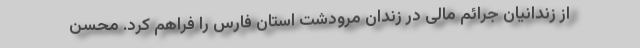
از زندانیان جرائم مالی در زندان مرودشت استان فارس را فراهم کرد. محسن